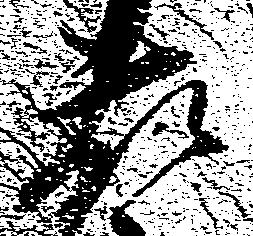
藤